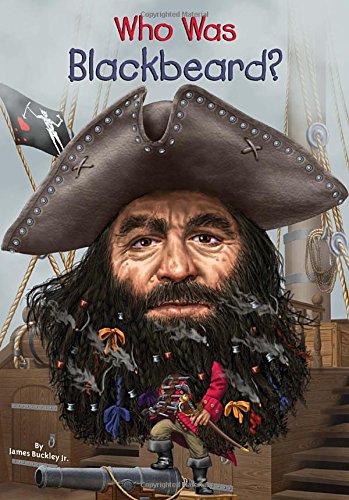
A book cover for Who Was Blackbeard?; James Buckley; Children's Books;